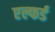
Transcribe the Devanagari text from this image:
एल्फर्ड